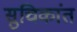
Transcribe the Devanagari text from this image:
सुचिकांत